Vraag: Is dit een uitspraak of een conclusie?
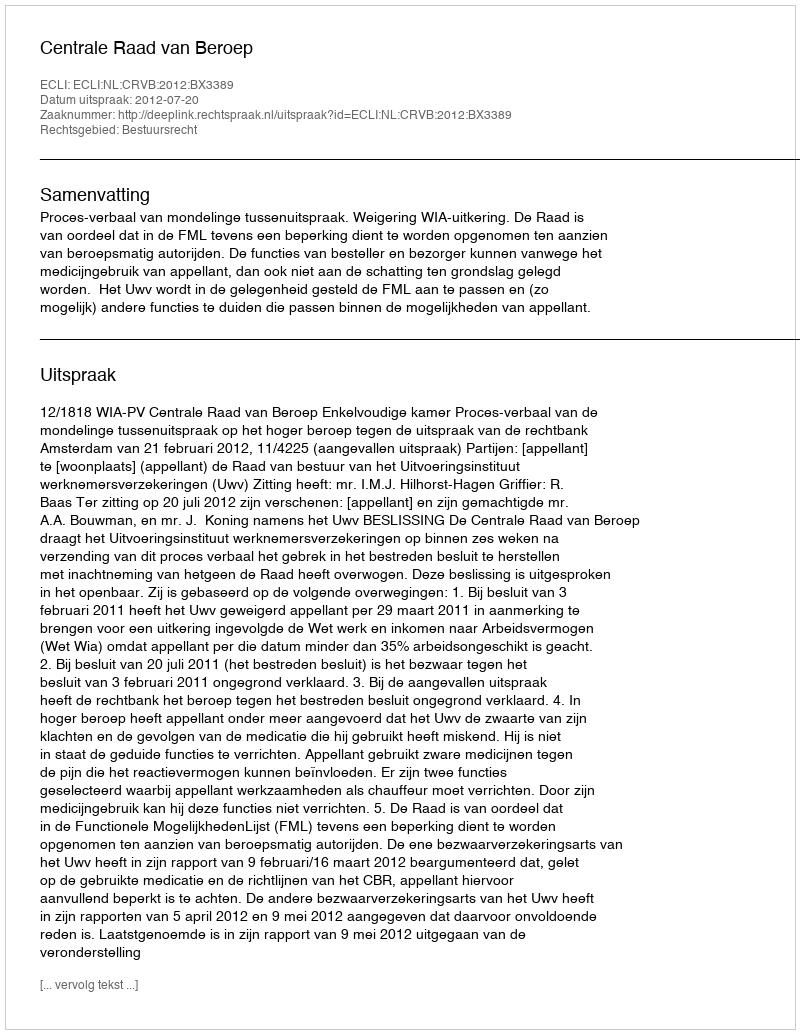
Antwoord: Uitspraak